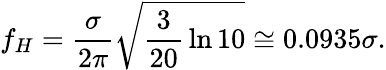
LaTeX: f_{H}={\frac{\sigma}{2\pi}}{\sqrt{{\frac{3}{20}}\ln 10}}\cong 0.0935\sigma.